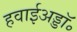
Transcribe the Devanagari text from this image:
हवाईअड्डॉ॰